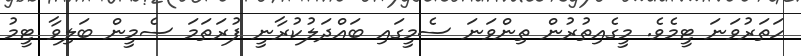
ހަތަރުވަނަ ޓީމެވެ. މީގެއިތުރުން ތިންވަނަ ސެމީގައި ބައްދަލުކުރާނީ ފުރަތަމަ ސެމީން ބަލިވާ ޓީމު